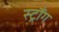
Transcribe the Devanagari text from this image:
स्ट्रौंग